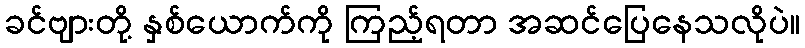
ခင်ဗျားတို့ နှစ်ယောက်ကို ကြည့်ရတာ အဆင်ပြေနေသလိုပဲ။